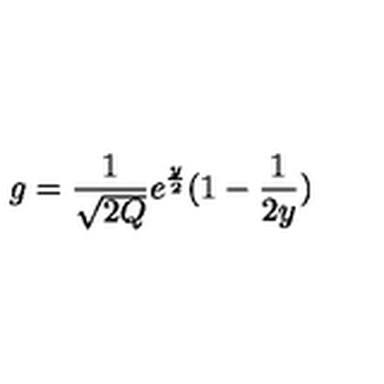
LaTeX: g = \frac { 1 } { \sqrt { 2 Q } } e ^ { \frac { y } { 2 } } ( 1 - \frac { 1 } { 2 y } )